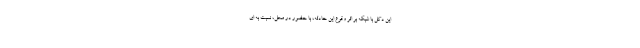
این دکل با شبکه بر اثر وقوع این حادثه، با حضور در محل، نسبت به ای